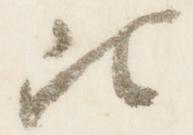
比